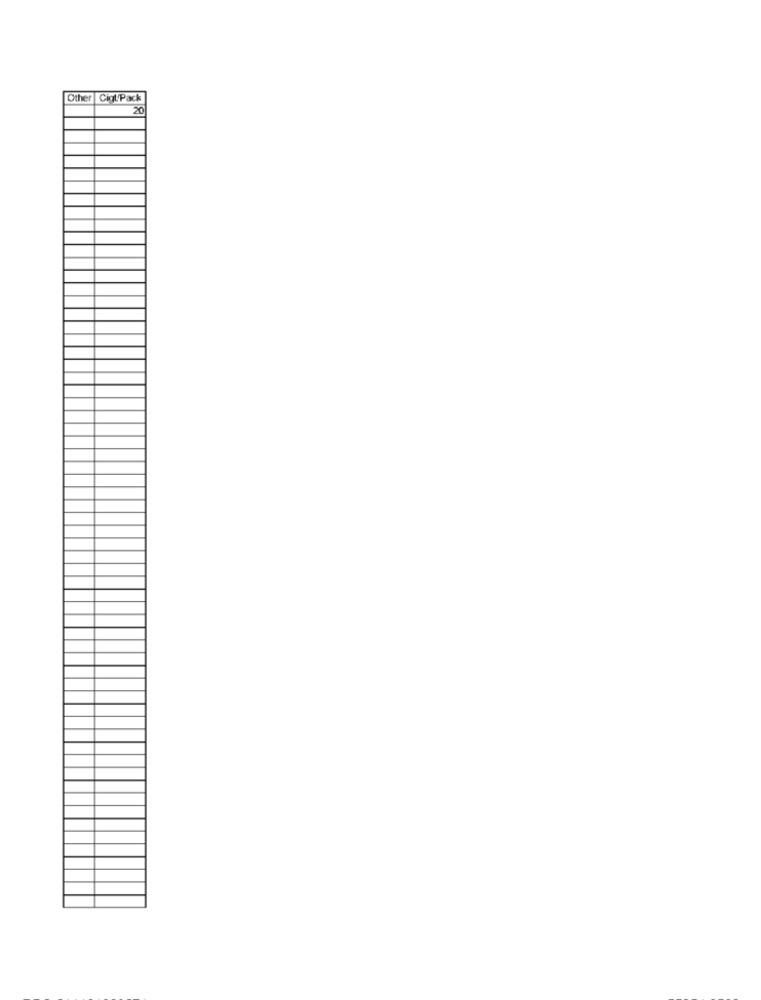
Other Ciol'Pack